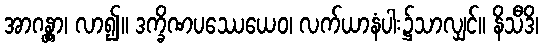
အာဂန္တွာ၊ လာ၍။ ဒက္ခိဏပဿေယေဝ၊ လက်ယာနံပါး၌သာလျှင်။ နိသီဒိ၊